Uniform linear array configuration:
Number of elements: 16
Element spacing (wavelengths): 0.75
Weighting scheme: blackman
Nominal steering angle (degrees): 45
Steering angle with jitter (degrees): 46.327
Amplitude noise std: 0.05
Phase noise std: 0.05

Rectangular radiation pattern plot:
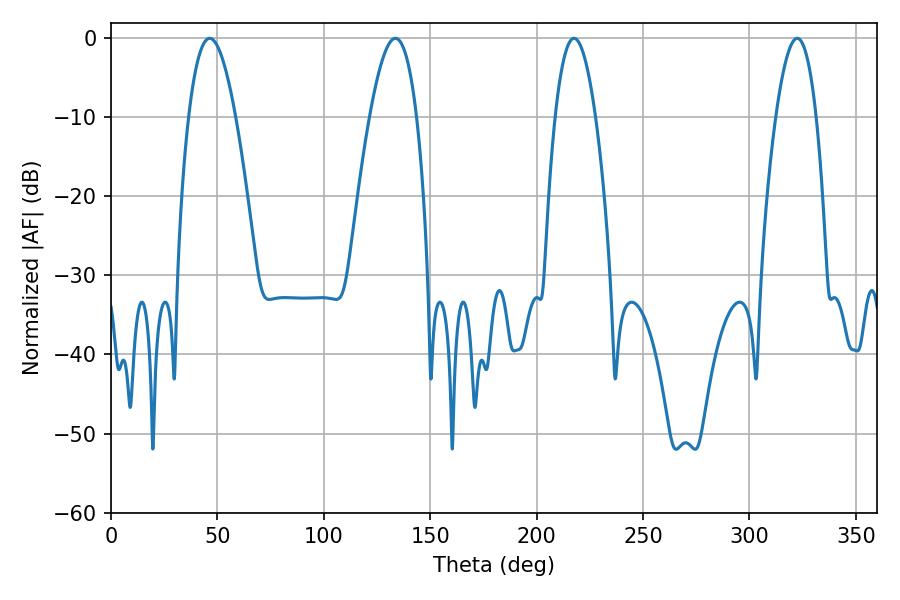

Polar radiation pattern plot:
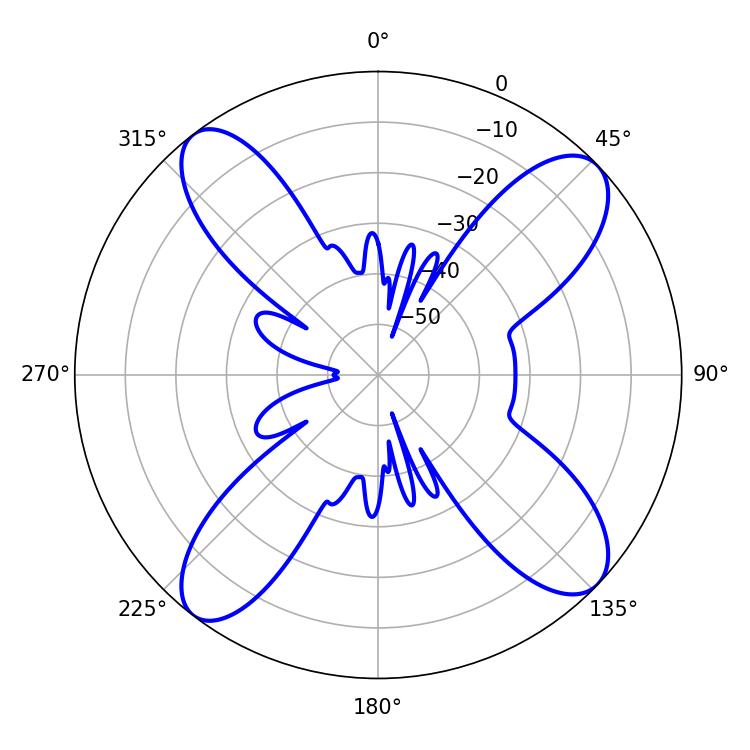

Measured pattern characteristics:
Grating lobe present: TRUE
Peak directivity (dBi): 13.402
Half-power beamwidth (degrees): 10.44
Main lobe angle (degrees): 322.38